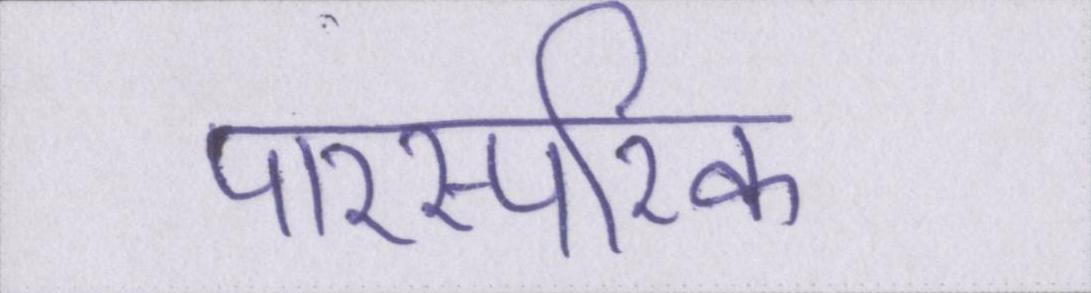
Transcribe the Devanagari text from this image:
पारस्परिक